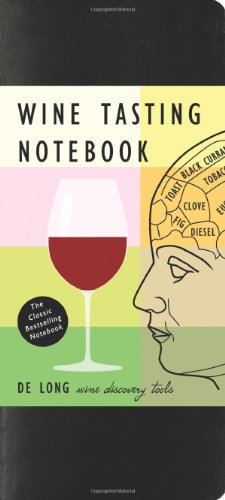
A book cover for Wine Tasting Notebook; Steve De Long; Cookbooks, Food & Wine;